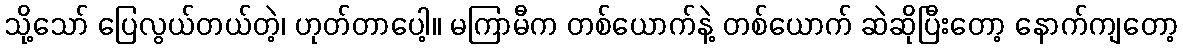
သို့သော် ပြေလွယ်တယ်တဲ့၊ ဟုတ်တာပေါ့။ မကြာမီက တစ်ယောက်နဲ့ တစ်ယောက် ဆဲဆိုပြီးတော့ နောက်ကျတော့